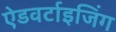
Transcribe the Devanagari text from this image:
ऐडवर्टाइजिंग